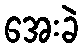
အေးခဲ